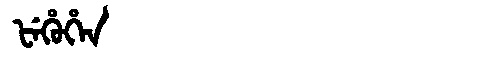
Manchu: ᡶᡝᡥᡠᡥᡝᠨ
Romanization: FEHUHEN